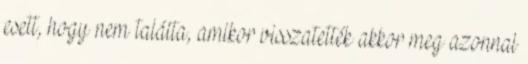
esett, hogy nem találta, amikor visszatették akkor meg azonnal